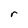
Character: r